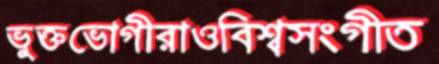
ভুক্তভোগীরাওবিশ্বসংগীত